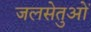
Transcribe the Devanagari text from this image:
जलसेतुओं